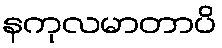
နကုလမာတာပိ